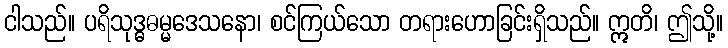
ငါသည်။ ပရိသုဒ္ဓဓမ္မဒေသနော၊ စင်ကြယ်သော တရားဟောခြင်းရှိသည်။ ဣတိ၊ ဤသို့။